Burma Government Medical School reports 1923-41
Year: 1923
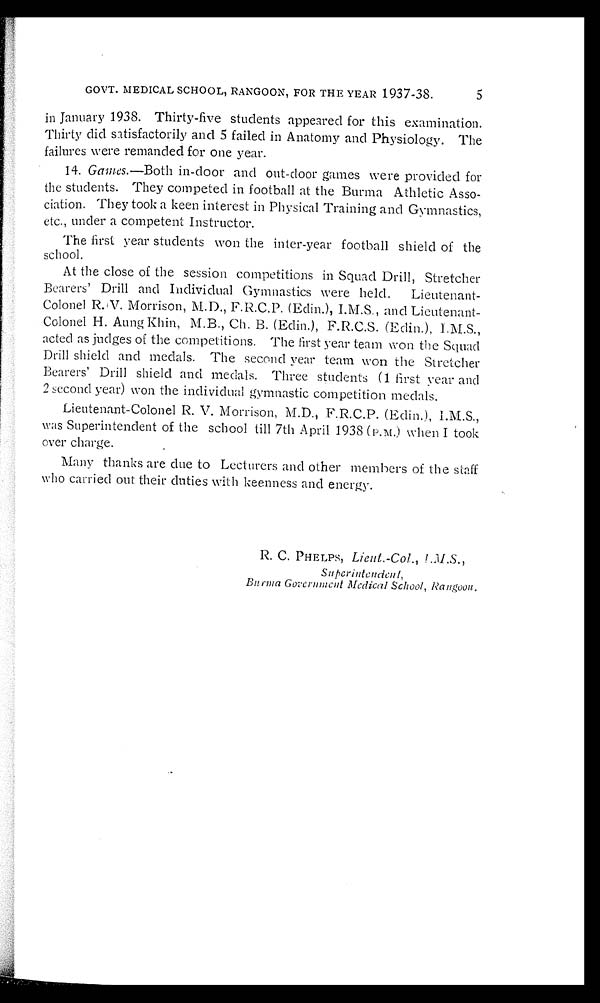
GOVT. MEDICAL SCHOOL, RANGOON, FOR THE YEAR 1937-38.
5
in January 1938. Thirty-five students appeared for this examination.
Thirty did satisfactorily and 5 failed in Anatomy and Physiology. The
failures were remanded for one year.
14. Games.—Both in-door and out-door games were provided for
the students. They competed in football at the Burma Athletic Asso-
ciation. They took a keen interest in Physical Training and Gymnastics,
etc., under a competent Instructor.
The first year students won the inter-year football shield of the
school.
At the close of the session competitions in Squad Drill, Stretcher
Bearers' Drill and Individual Gymnastics were held. Lieutenant-
Colonel R.V. Morrison, M.D., F.R.C.P. (Edin.), I.M.S., and Lieutenant-
Colonel H. Aung Khin, M.B., Ch. B. (Edin.), F.R.C.S. (Edin.), I.M.S.,
acted as judges of the competitions. The first year team won the Squad
Drill shield and medals. The second year team won the Stretcher
Bearers' Drill shield and medals. Three students (1 first year and
2 second year) won the individual gymnastic competition medals.
Lieutenant-Colonel R. V. Morrison, M.D., F.R.C.P. (Edin.), I.M.S.,
was Superintendent of the school till 7th April 1938 (P.M.) when I took
over charge.
Many thanks are due to Lecturers and other members of the staff
who carried out their duties with keenness and energy.
R. C. PHELPS, Lieut.-Col., I.M.S.,
Superintendent,
Bit rma Government Medical School, Rangoon.